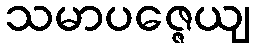
သမာပဇ္ဇေယျ